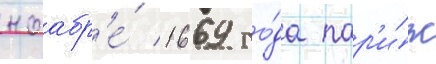
ноабр'е́ 1669 го́да пар'и́ж